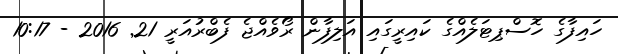
ހައިފާގެ ހޮސްޕިޓަލެއްގެ ކައިރީގައި އަލިފާން ރޯވެއްޖެ ފެބްރުއަރީ 21